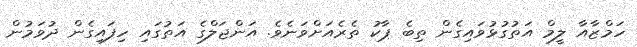
ހަމްޒާއާ ލީމް އަތުގުޅުވައިގެން ތިބެ ޕާކު ތެރެއަށްވަނެވެ. އަންޖަލްގެ އަތުގައި ހިފައިގެން ދުވަމުން